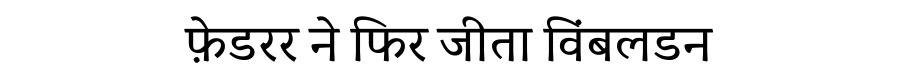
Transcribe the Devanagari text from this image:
फ़ेडरर ने फिर जीता विंबलडन